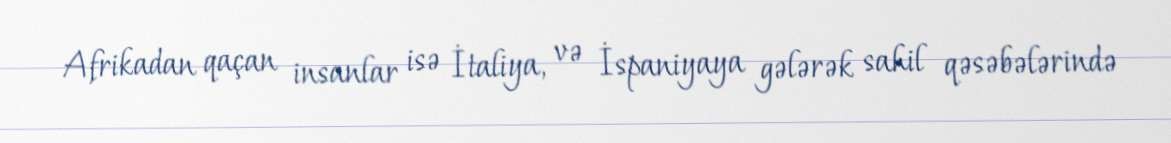
Afrikadan qaçan insanlar isə İtaliya, və İspaniyaya gələrək sahil qəsəbələrində